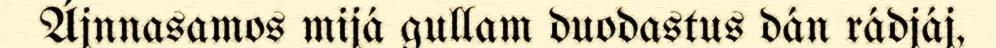
Ájnnasamos mijá gullam duodastus dán rádjáj,